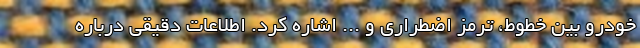
خودرو بین خطوط، ترمز اضطراری و ... اشاره کرد. اطلاعات دقیقی درباره